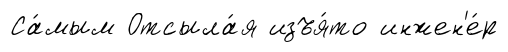
Са́мым Отсыла́я изъя́то инжен'е́р